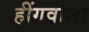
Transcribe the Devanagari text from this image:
हींगवाला